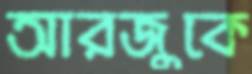
আরজুকে